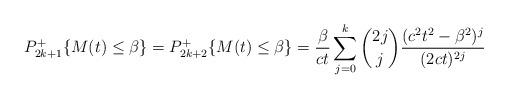
LaTeX: \begin{align*}P^+_{2k+1}\{ M(t) \le\beta \} =P^+_{2k+2}\{ M(t) \le\beta \} = \frac{\beta}{ct}\sum_{j=0}^k \binom{2j}{j}\frac{(c^2t^2-\beta^2)^j}{(2ct)^{2j}}\end{align*}